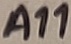
Text: A11